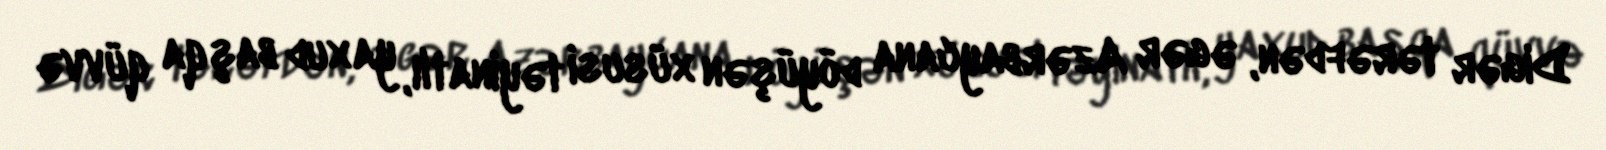
Digər tərəfdən, əgər Azərbaycana döyüşən xüsusi təyinatlı, yaxud başqa qüvvə